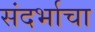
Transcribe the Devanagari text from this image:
संदर्भाचा